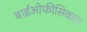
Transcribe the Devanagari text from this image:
बाईओफीसिकल